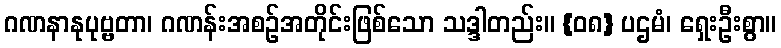
ဂဏနာနုပုဗ္ဗတာ၊ ဂဏန်းအစဉ်အတိုင်းဖြစ်သော သဒ္ဒါတည်း။ {၀၈} ပဌမံ၊ ရှေးဦးစွာ။